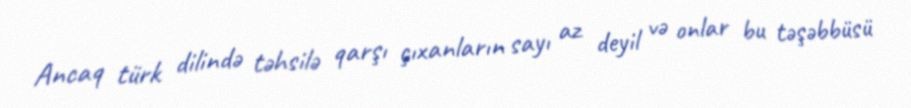
Ancaq türk dilində təhsilə qarşı çıxanların sayı az deyil və onlar bu təşəbbüsü